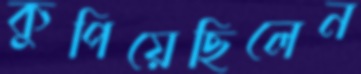
কুপিয়েছিলেন